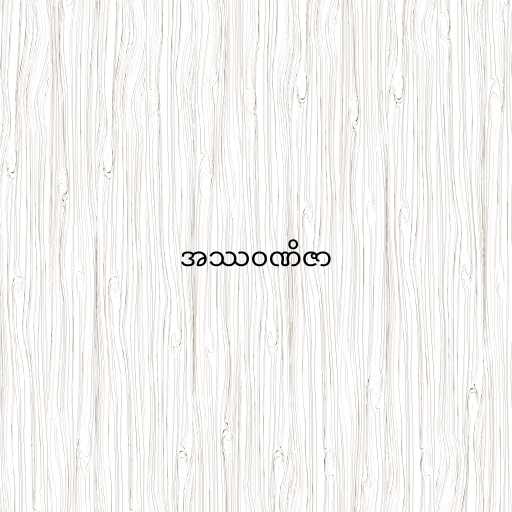
အဿဝဏိဇာ